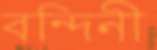
বন্দিনী